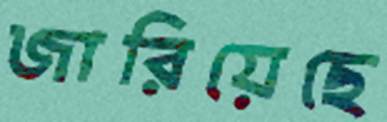
জারিয়েছে